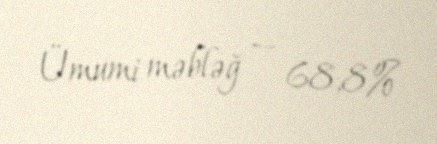
Ümumi məbləğ — 68,8%